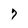
Character: 7